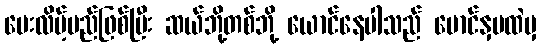
ပေးလိမ့်မည်ဖြစ်ပြီး ဆယ်ဘို့တစ်ဘို့ ယောင်နေပါသည် မောင်နှမထဲမှ